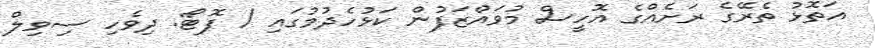
އަތޮޅު ތެރޭގެ ރަށެއްގެ އޮހީސް މުވައްޒަފުން ކަޅުހެދުމުގައި / ފޮޓޯ: ދިވެހި ސިވިލް